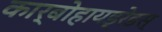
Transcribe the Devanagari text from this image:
कार्बोहायड्रेडस्